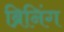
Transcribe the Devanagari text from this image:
ब्रिनिंग